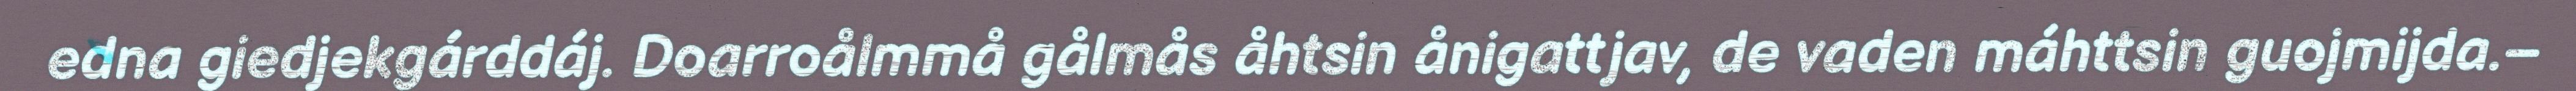
edna giedjekgárddáj. Doarroålmmå gålmås åhtsin ånigattjav, de vaden máhttsin guojmijda.–